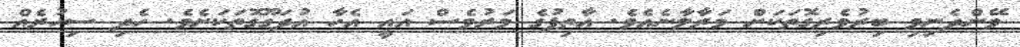
ވޭންދެނިވި ބިރުވެރިގޮތަކަށް މަރާލާނެއެވެ. އާތިފުގެ މަރުވެސް އައީ އެހާ އުދަގޫގޮތަކަށެވެ. ހެދި ސިހުރެއް